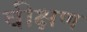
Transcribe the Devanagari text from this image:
वीक्षण